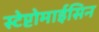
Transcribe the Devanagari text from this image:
स्टेप्टोमाईसिन